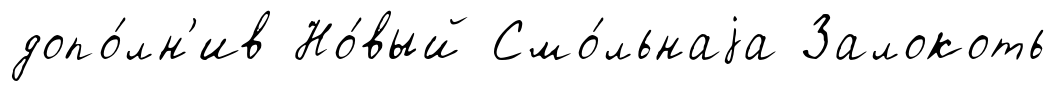
допо́лн'ив Но́вый Смо́льнаjа Залокоть